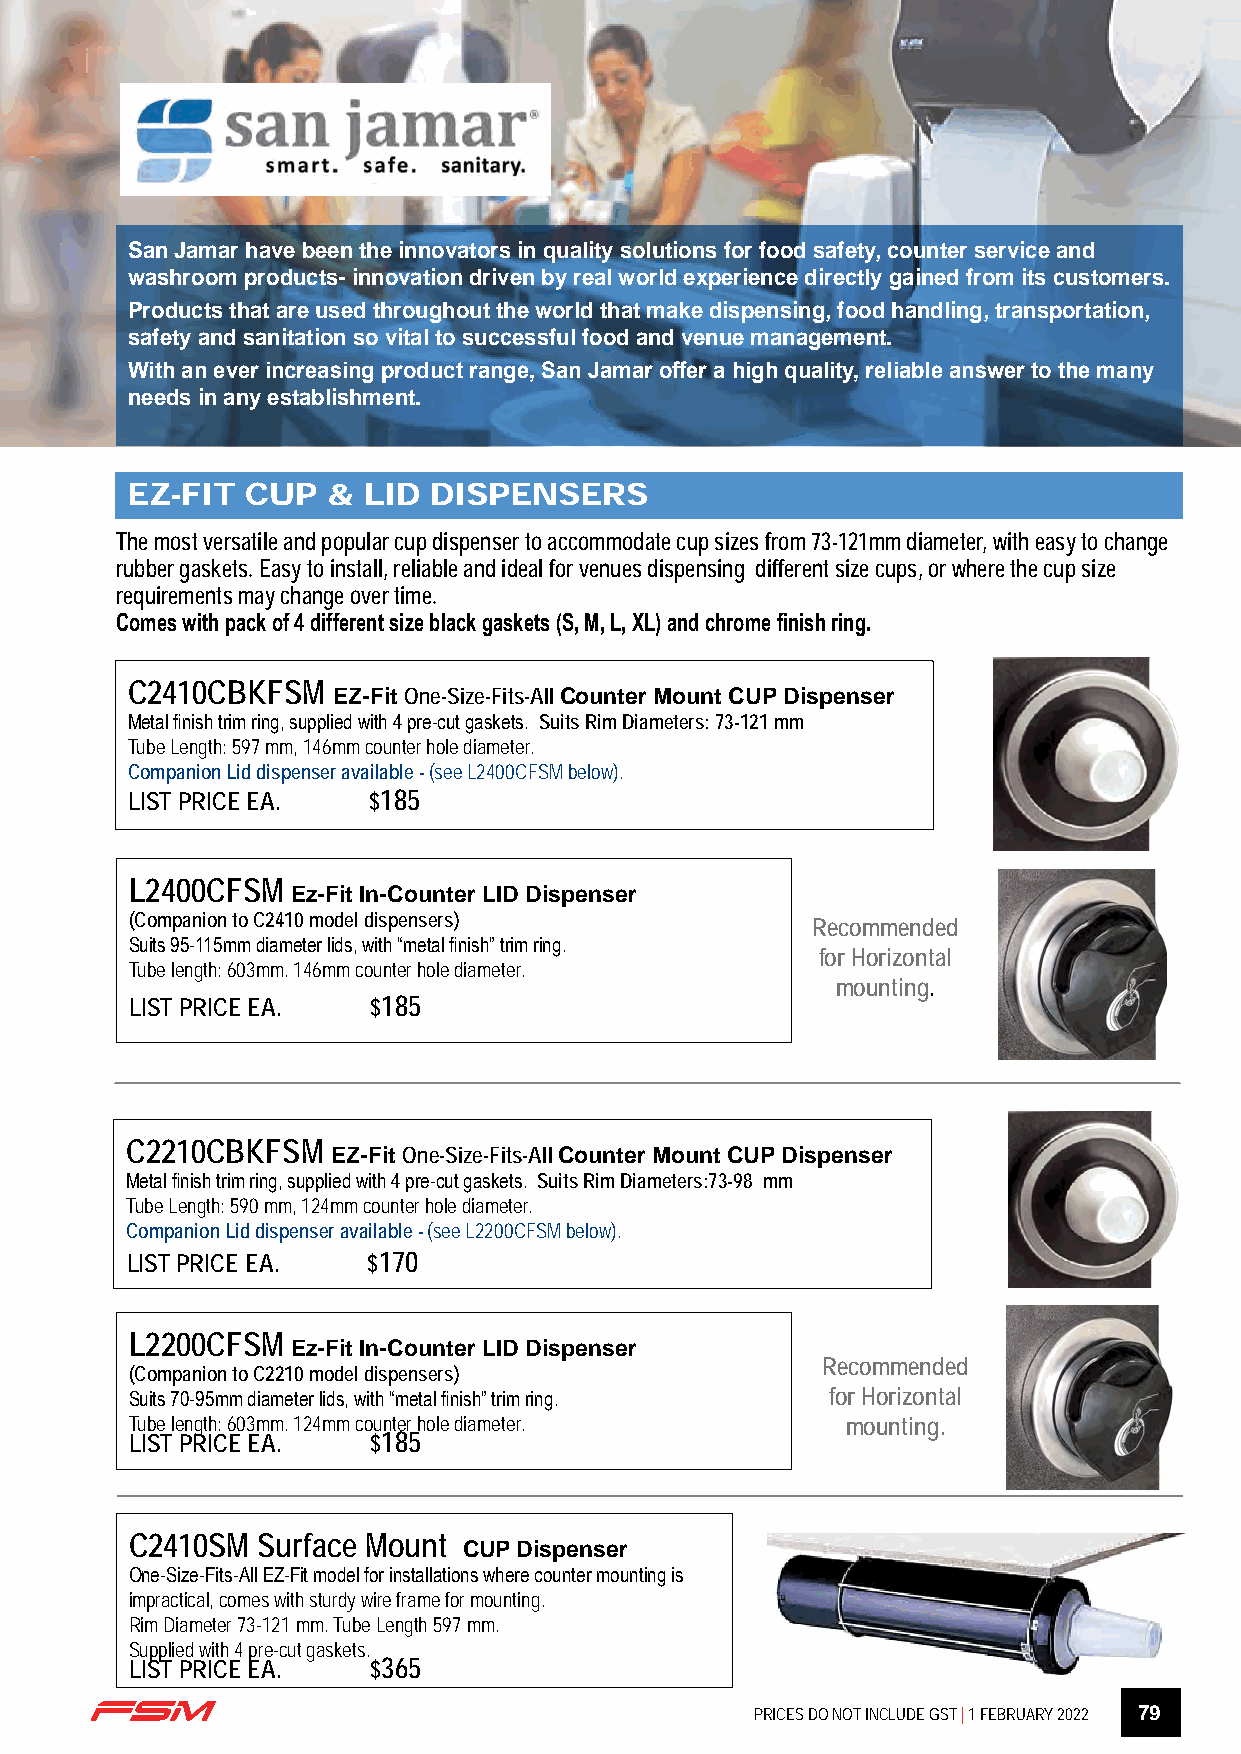
San Jamar have been the innovators in quality solutions for food safety, counter service and
 washroom products- innovation driven by real world experience directly gained from its customers.
 Products that are used throughout the world that make dispensing, food handling, transportation,
 safety and sanitation so vital to successful food and venue management.
 With an ever increasing product range, San Jamar offer a high quality, reliable answer to the many
 needs in any establishment.
 EZ-FIT  CUP   & LID DISPENSERS
 The most versatile and popular cup dispenser to accommodate cup sizes from 73-121mm diameter, with easy to change
 rubber gaskets. Easy to install, reliable and ideal for venues dispensing different size cups, or where the cup size
 requirements may change over time.
 Comes with pack of 4 different size black gaskets (S, M, L, XL) and chrome finish ring.
 C2410CBKFSM
 EZ-Fit One-Size-Fits-All Counter Mount CUP Dispenser
 Metal finish trim ring, supplied with 4 pre-cut gaskets. Suits Rim Diameters: 73-121 mm
 Tube Length: 597 mm, 146mm counter hole diameter.
 Companion Lid dispenser available - (see L2400CFSM below).
 LIST PRICE EA.  $185
 L2400CFSM
 Ez-Fit In-Counter LID Dispenser
 (Companion to C2410 model dispensers)
 Recommended
 Suits 95-115mm diameter lids, with “metal finish” trim ring.
 for Horizontal
 Tube length: 603mm. 146mm counter hole diameter.
 mounting.
 LIST PRICE EA. $185
 C2210CBKFSM
 EZ-Fit One-Size-Fits-All Counter Mount CUP Dispenser
 Metal finish trim ring, supplied with 4 pre-cut gaskets. Suits Rim Diameters:73-98 mm
 Tube Length: 590 mm, 124mm counter hole diameter.
 Companion Lid dispenser available - (see L2200CFSM below).
 LIST PRICE EA.  $170
 L2200CFSM
 Ez-Fit In-Counter LID Dispenser
 Recommended
 (Companion to C2210 model dispensers)
 Suits 70-95mm diameter lids, with “metal finish” trim ring. for Horizontal
 Tube length: 603mm. 124mm counter hole diameter. mounting.
 LIST PRICE EA. $185
 C2410SM Surface Mount
 CUP Dispenser
 One-Size-Fits-All EZ-Fit model for installations where counter mounting is
 impractical, comes with sturdy wire frame for mounting.
 Rim Diameter 73-121 mm. Tube Length 597 mm.
 Supplied with 4 pre-cut gaskets.
 LIST PRICE EA. $365
 PRICES DO NOT INCLUDE GST | 1 FEBRUARY 2022 79